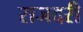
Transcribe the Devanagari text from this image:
राजदरी